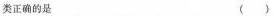
类正确的是( )